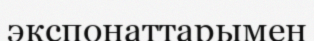
экспонаттарымен